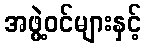
အဖွဲ့ဝင်များနှင့်